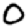
Digit: 0